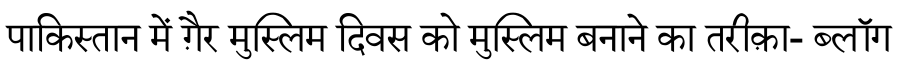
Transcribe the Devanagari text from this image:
पाकिस्तान में ग़ैर मुस्लिम दिवस को मुस्लिम बनाने का तरीक़ा- ब्लॉग